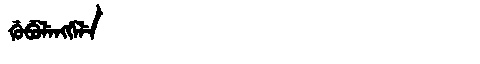
Manchu: ᡤᡠᠪᡠᠯᡝᠩᡤᡝᠯᡝ
Romanization: GUBULENGGELE